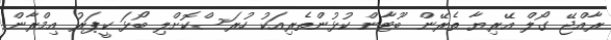
ރާއްޖޭ ގޯލް އޭރިޔާ ތެރޭން ބޫޓާން ކުޅުންތެރިއަކު ހުރަސްކޮށްލި ބޯޅަ ކީޕަރު އިމްރާން